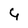
Character: 4